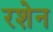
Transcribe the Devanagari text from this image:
रशेन